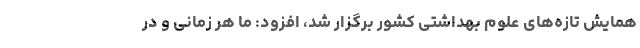
همایش تازه‌های علوم بهداشتی کشور برگزار شد، افزود: ما هر زمانی و در